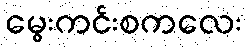
မွေးကင်းစကလေး